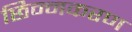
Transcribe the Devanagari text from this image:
छिन्नकरण